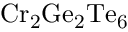
\mathrm { C r _ { 2 } G e _ { 2 } T e _ { 6 } }